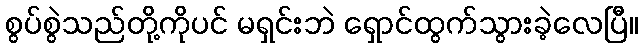
စွပ်စွဲသည်တို့ကိုပင် မရှင်းဘဲ ရှောင်ထွက်သွားခဲ့လေပြီ။